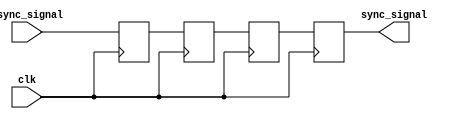
module triple_ff_synchronizer (
    input wire async_signal, // Input signal from the asynchronous clock domain
    input wire clk,          // Clock signal of the destination clock domain
    output reg sync_signal   // Synchronized output signal
);

    // Intermediate signals for the triple flip-flops
    reg ff1, ff2, ff3;

    always @(posedge clk) begin
        ff1 <= async_signal; // First flip-flop samples the asynchronous signal
        ff2 <= ff1;          // Second flip-flop samples the output of the first
        ff3 <= ff2;          // Third flip-flop samples the output of the second
    end

    // The synchronized output is taken from the third flip-flop
    always @(posedge clk) begin
        sync_signal <= ff3;  // Update the synchronized output
    end

endmodule